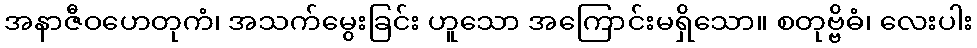
အနာဇီဝဟေတုကံ၊ အသက်မွေးခြင်း ဟူသော အကြောင်းမရှိသော။ စတုဗ္ဗိဓံ၊ လေးပါး